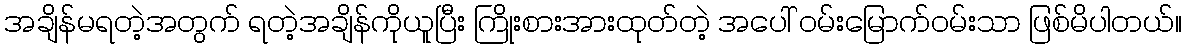
အချိန်မရတဲ့အတွက် ရတဲ့အချိန်ကိုယူပြီး ကြိုးစားအားထုတ်တဲ့ အပေါ် ဝမ်းမြောက်ဝမ်းသာ ဖြစ်မိပါတယ်။